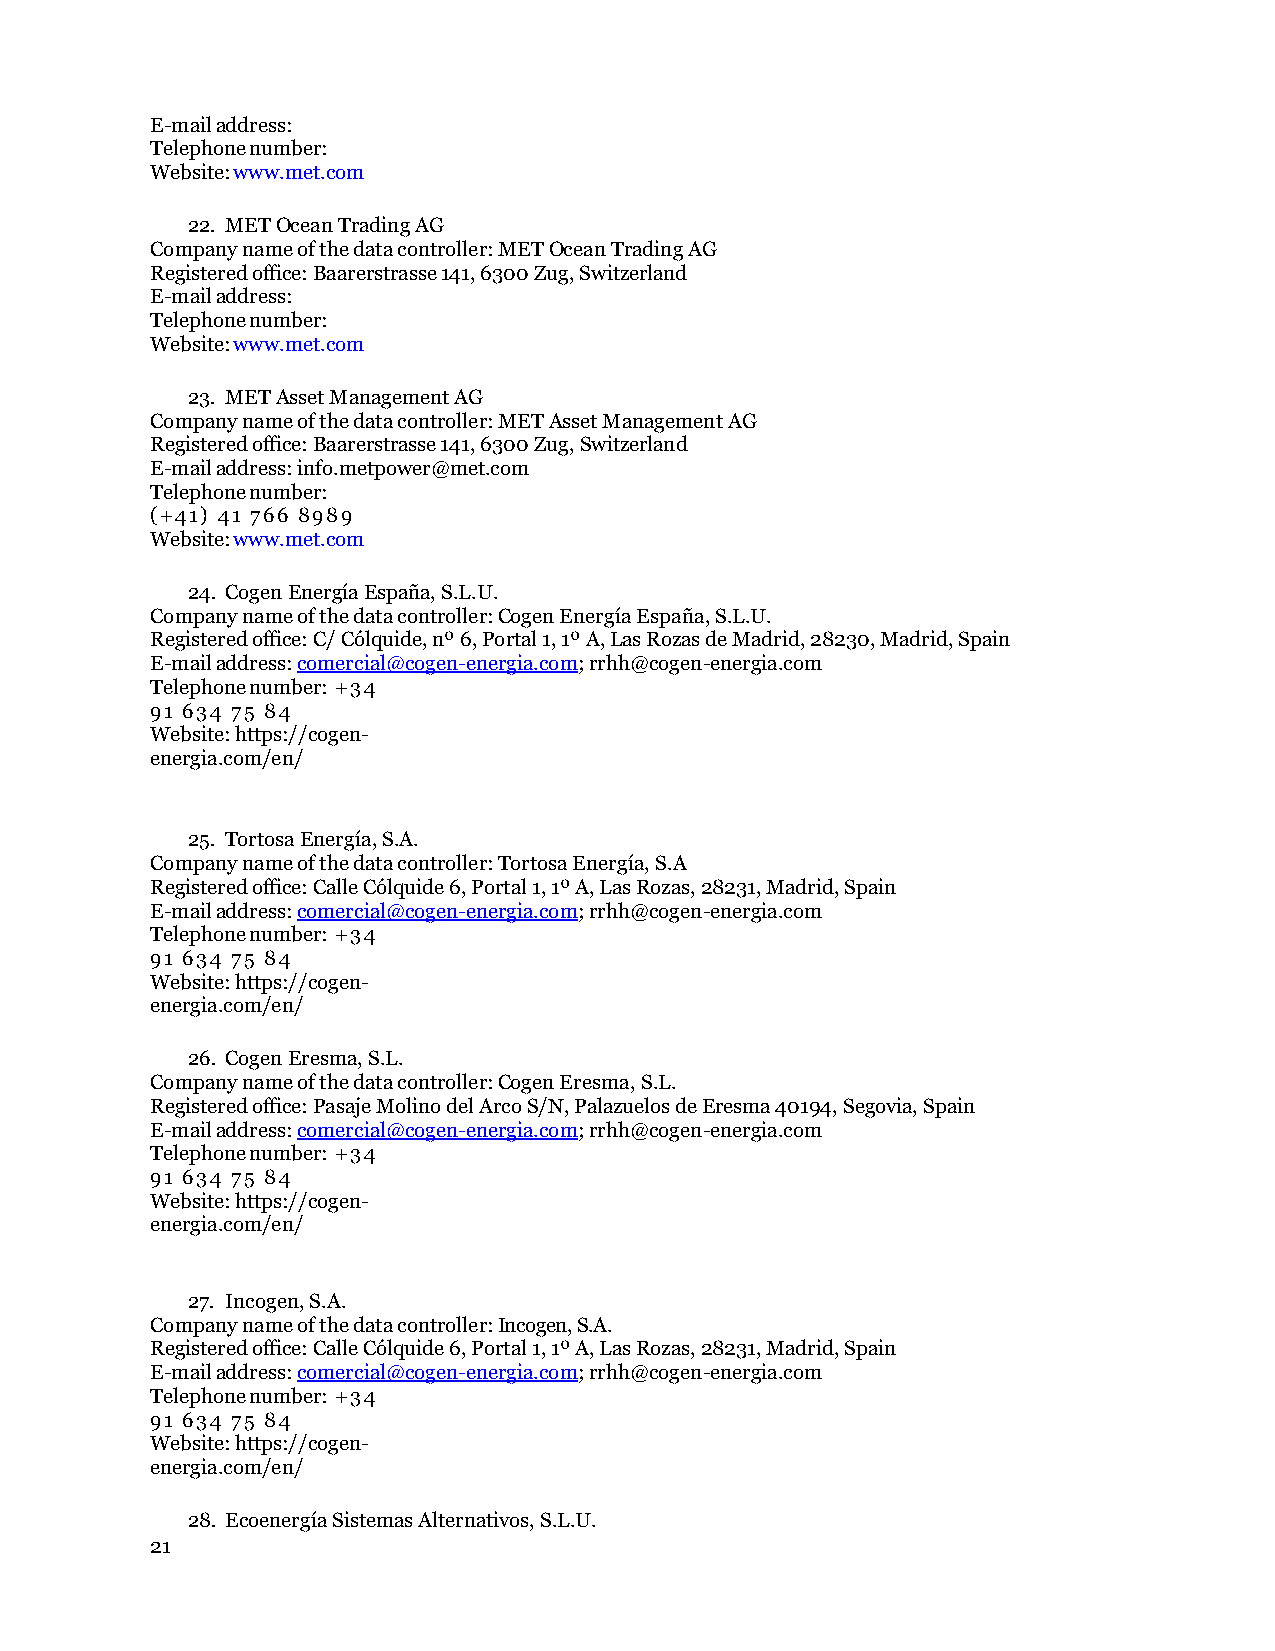
E-mail address:
 Telephone number:
 Website: www.met.com
 22. MET Ocean Trading AG
 Company name of the data controller: MET Ocean Trading AG
 Registered office: Baarerstrasse 141, 6300 Zug, Switzerland
 E-mail address:
 Telephone number:
 Website: www.met.com
 23. MET Asset Management AG
 Company name of the data controller: MET Asset Management AG
 Registered office: Baarerstrasse 141, 6300 Zug, Switzerland
 E-mail address: info.metpower@met.com
 Telephone number:
 (+41) 41 766 8989
 Website: www.met.com
 24. Cogen Energía España, S.L.U.
 Company name of the data controller: Cogen Energía España, S.L.U.
 Registered office: C/ Cólquide, nº 6, Portal 1, 1º A, Las Rozas de Madrid, 28230, Madrid, Spain
 E-mail address: comercial@cogen-energia.com; rrhh@cogen-energia.com
 Telephone number: +34
 91 634 75 84
 Website: https://cogen-
 energia.com/en/
 25. Tortosa Energía, S.A.
 Company name of the data controller: Tortosa Energía, S.A
 Registered office: Calle Cólquide 6, Portal 1, 1º A, Las Rozas, 28231, Madrid, Spain
 E-mail address: comercial@cogen-energia.com; rrhh@cogen-energia.com
 Telephone number: +34
 91 634 75 84
 Website: https://cogen-
 energia.com/en/
 26. Cogen Eresma, S.L.
 Company name of the data controller: Cogen Eresma, S.L.
 Registered office: Pasaje Molino del Arco S/N, Palazuelos de Eresma 40194, Segovia, Spain
 E-mail address: comercial@cogen-energia.com; rrhh@cogen-energia.com
 Telephone number: +34
 91 634 75 84
 Website: https://cogen-
 energia.com/en/
 27. Incogen, S.A.
 Company name of the data controller: Incogen, S.A.
 Registered office: Calle Cólquide 6, Portal 1, 1º A, Las Rozas, 28231, Madrid, Spain
 E-mail address: comercial@cogen-energia.com; rrhh@cogen-energia.com
 Telephone number: +34
 91 634 75 84
 Website: https://cogen-
 energia.com/en/
 28. Ecoenergía Sistemas Alternativos, S.L.U.
 21